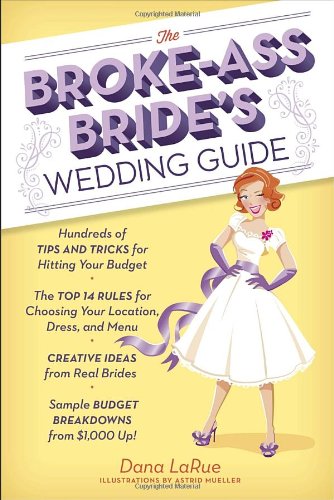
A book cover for The Broke-Ass Bride's Wedding Guide; Dana LaRue; Crafts, Hobbies & Home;